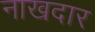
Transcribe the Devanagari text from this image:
नाखदार